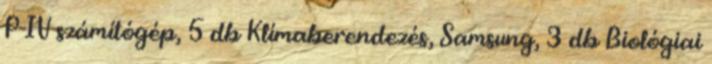
P-IV számítógép, 5 db Klímaberendezés, Samsung, 3 db Biológiai